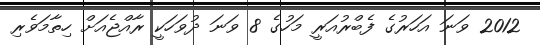
2012 ވަނަ އަހަރުގެ ފެބްރުއަރީ މަހުގެ 8 ވަނަ ދުވަހަކީ ރާއްޖެއަށް ހިތާމަވެރި